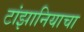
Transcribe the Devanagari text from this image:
टांझानियाचा